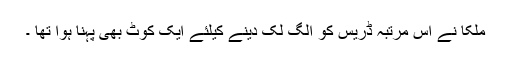
ملکا نے اس مرتبہ ڈریس کو الگ لک دینے کیلئے ایک کوٹ بھی پہنا ہوا تھا ۔